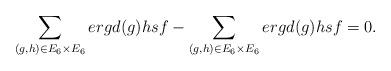
LaTeX: \begin{align*} \sum_{(g,h)\in E_6\times E_6}ergd(g)hsf-\sum_{(g,h)\in E_6\times E_6}ergd(g)hsf=0.\end{align*}